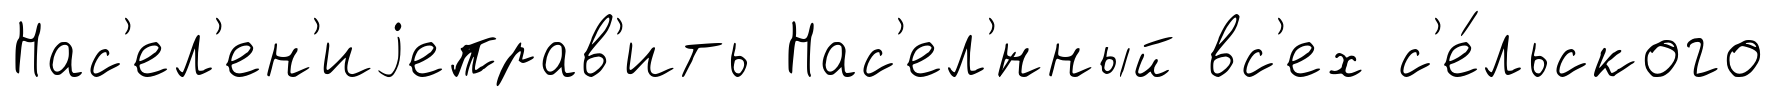
Нас'ел'ен'иjеправ'ить Нас'ел'́нный вс'ех с'е́льского